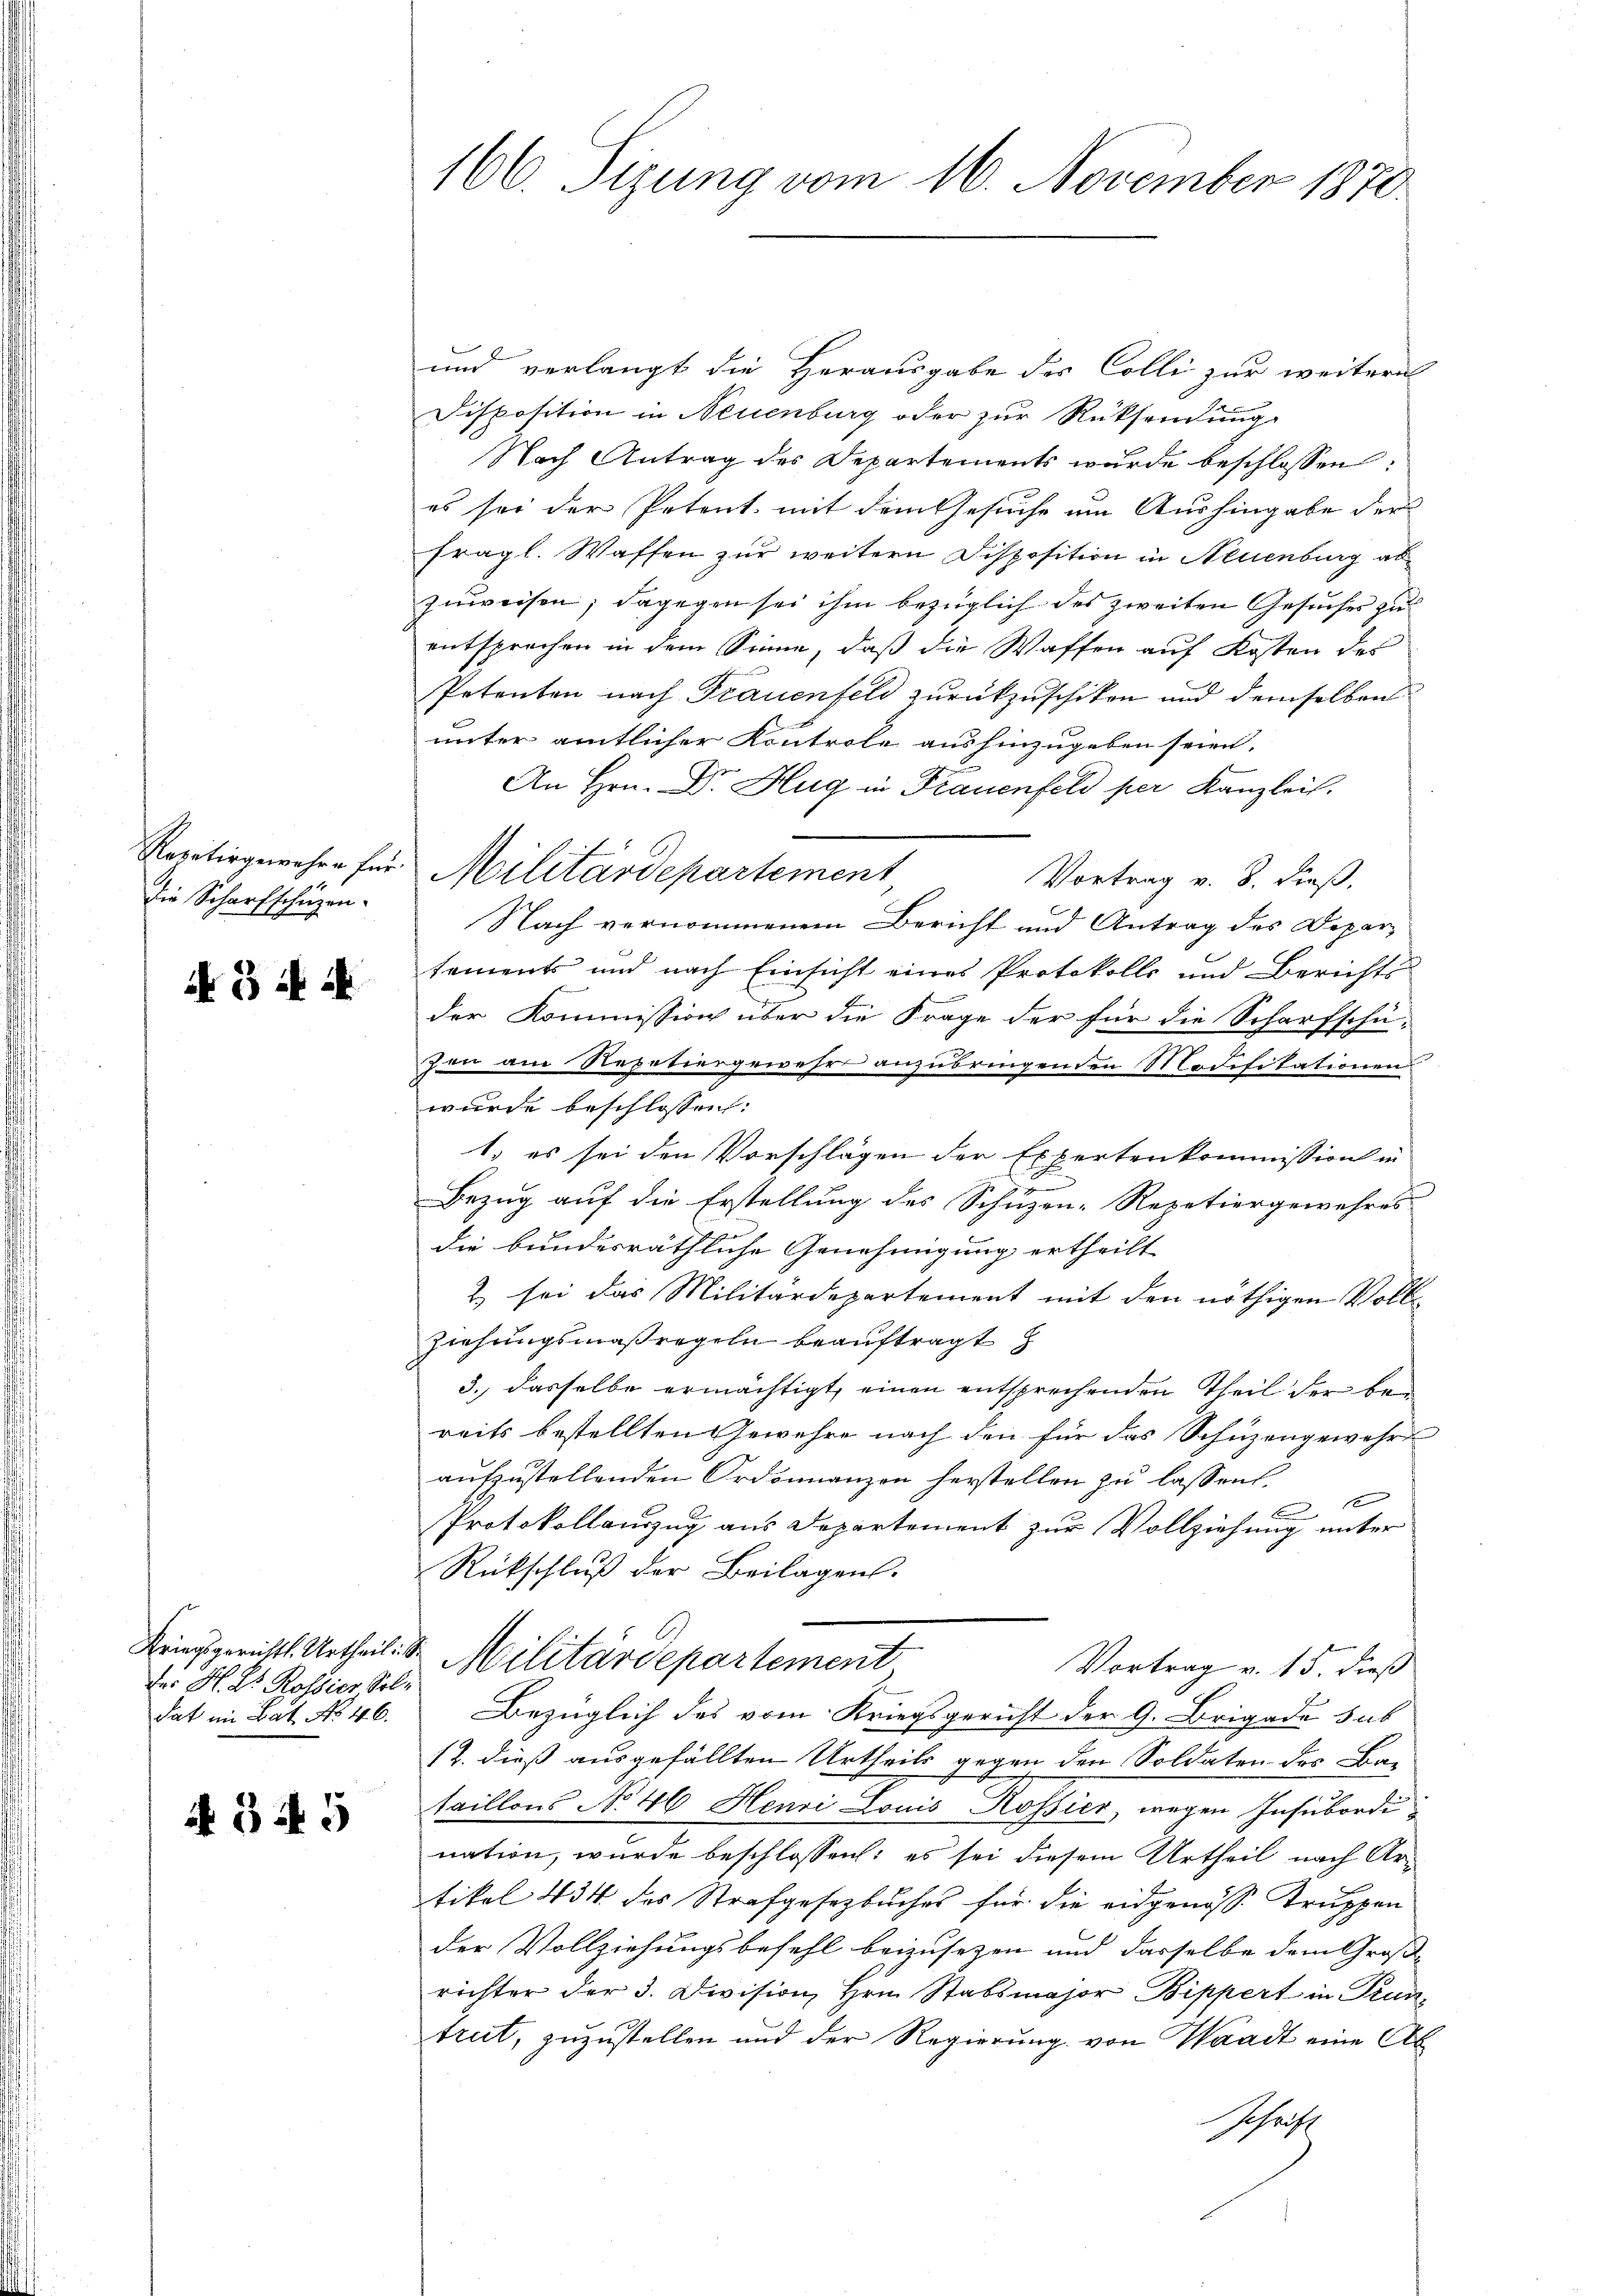
Die Scharfschüzen.

5 f 2

der H. Dr. Rossier Soldat im Bat. No. 46.

A 345

166. Sizung vom 16. November 1872.

und verlangt die Herausgabe des Colli zur weitern
Disposition in Neuenburg oder zur Rücksendung
Nach Antrag des Departements wurde beschlossen:
es sei der Petent, mit dem Gesuche um Aushingabe der
fragl. Waffen zur weitern Disposition in Neuenburg ab
zuweisen; dagegen sei ihm bezüglich des zweiten Gesuches zu
entsprochen in dem Sinne, daß die Waffen auf Kosten des
Petenten nach Frauenfeld zurückzuschiken und demselben
unter amtlicher Kontrole aushinzugeben seien.
d
An Hrn. Dr. Hug in Frauenfeld per Kanzlei.
Vortrag v. 8. dieß.
Nach vernommenem Bericht und Antrag des Departements und nach Einsicht eines Protokolls und Berichts
der Kommission über die Frage der für die Scharfschu-
zen am Repetiergewehr anzubringenden Modifikationen
wurde beschlossen:
1.) es sei den Vorschlägen der Expertenkommission in
F
Bezug auf die Erstellung des Schuzen-Repetiergewehres
die bundesräthliche Genehmigung ertheilt |
2) sei das Militärdepartement mit den nöthigen Voll-
Ziehungsmaßregeln beauftragt
3.) dasselbe ermächtigt, einen entsprechenden Theil der bei
reits bestellten Gewehre nach den für das Schüzengewehre
aufzustellenden Ordonnanzen herstellen zu lassen,
e
Protokollauszug aus Departement zur Vollziehung unter
Rückschluß der Beilagen.
Kriegsgerichts Urtheil. Sr. Militärdepartement
Vortrag v. 15. dieß
Bezüglich des vom Kriegsgericht der 9. Brigade sub
12. dieß ausgefällten Urtheils gegen den Soldaten des Ba-
taillons No 46 Henri Louis Rossier, wegen Insubordination, wurde beschlossen: es sei diesem Urtheil nach Artikel 434 des Strafgesetzbuches für die eidgenosse Truppen
der Vollziehungsbefehl beizusezen und dasselbe dem Große
richter der 3. Division, Hrn. Stabsmajor Bippert in Pruntrut, zuzustellen und der Regierung von Waadt eine Al
schrift

Repetirgewahre für Militärdepartement